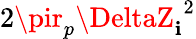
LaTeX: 2\pir_{p}{\DeltaZ_{\mathbf{i}}}^{2}